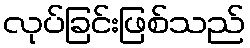
လုပ်ခြင်းဖြစ်သည်